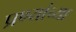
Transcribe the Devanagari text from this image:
प्रण्यांच्या